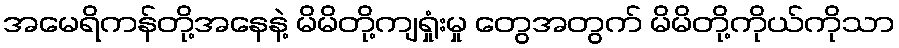
အမေရိကန်တို့အနေနဲ့ မိမိတို့ကျရှုံးမှု တွေအတွက် မိမိတို့ကိုယ်ကိုသာ